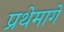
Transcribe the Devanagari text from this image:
प्रथेमागे